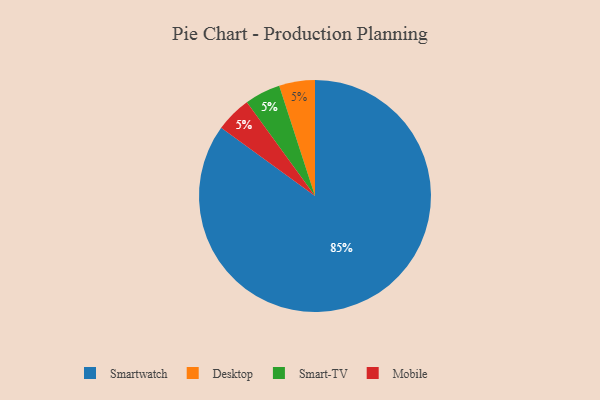
{"axis": {"x": "Category", "y": "Percentage"}, "legend": ["Desktop", "Mobile", "Smart-TV", "Smartwatch"], "data": [{"x": "Desktop", "y": 5, "type": "Desktop"}, {"x": "Smartwatch", "y": 85, "type": "Smartwatch"}, {"x": "Smart-TV", "y": 5, "type": "Smart-TV"}, {"x": "Mobile", "y": 5, "type": "Mobile"}]}